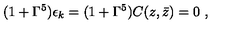
( 1 + \Gamma ^ { 5 } ) \epsilon _ { k } = ( 1 + \Gamma ^ { 5 } ) C ( z , \bar { z } ) = 0 \ ,